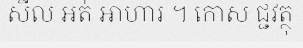
សីល អត់ ឤហារ ។ កោស ជ្ជវត្ថុ